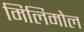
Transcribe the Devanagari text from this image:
मिलिमोल